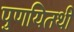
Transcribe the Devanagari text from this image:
पुणयितथी